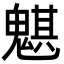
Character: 魌